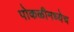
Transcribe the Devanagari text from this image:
पोकळीमध्येच